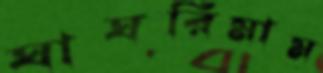
ঘাঘরিমাম